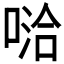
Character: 𱓦